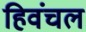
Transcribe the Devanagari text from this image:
हिवंचल